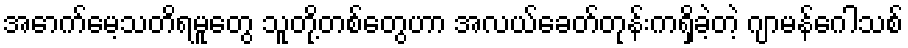
အောက်မေ့သတိရမူတွေ သူတို့တစ်တွေဟာ အလယ်ခေတ်တုန်းကရှိခဲ့တဲ့ ဂျာမန်ဂေါသစ်